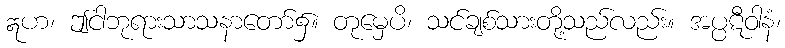
ဣဟ၊ ဤငါဘုရားသာသနာတော်၌။ တုမှေပိ၊ သင်ချစ်သားတို့သည်လည်း။ အပ္ပဋီဝါနံ၊